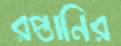
রপ্তানির